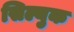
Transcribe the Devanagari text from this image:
सिल्युक